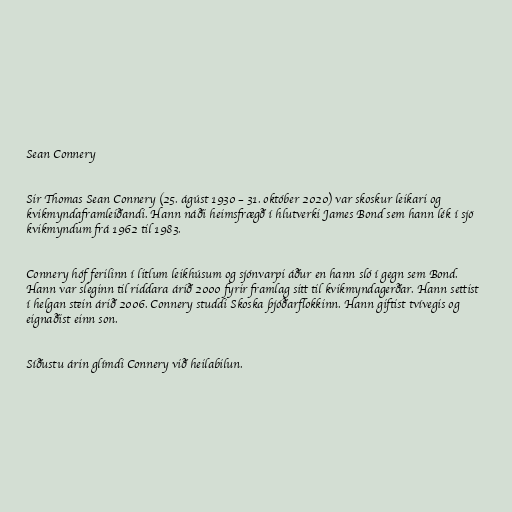
Sean Connery

Sir Thomas Sean Connery (25. ágúst 1930 – 31. október 2020) var skoskur leikari og
kvikmyndaframleiðandi. Hann náði heimsfrægð í hlutverki James Bond sem hann lék í sjö
kvikmyndum frá 1962 til 1983.

Connery hóf ferilinn í litlum leikhúsum og sjónvarpi áður en hann sló í gegn sem Bond.
Hann var sleginn til riddara árið 2000 fyrir framlag sitt til kvikmyndagerðar. Hann settist
í helgan stein árið 2006. Connery studdi Skoska þjóðarflokkinn. Hann giftist tvívegis og
eignaðist einn son.

Síðustu árin glímdi Connery við heilabilun.